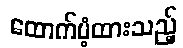
ထောက်ပံ့ထားသည့်